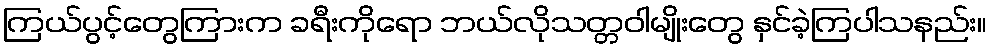
ကြယ်ပွင့်တွေကြားက ခရီးကိုရော ဘယ်လိုသတ္တဝါမျိုးတွေ နှင်ခဲ့ကြပါသနည်း။